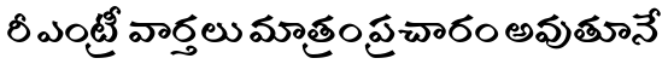
రీ ఎంట్రీ వార్తలు మాత్రం ప్రచారం అవుతూనే